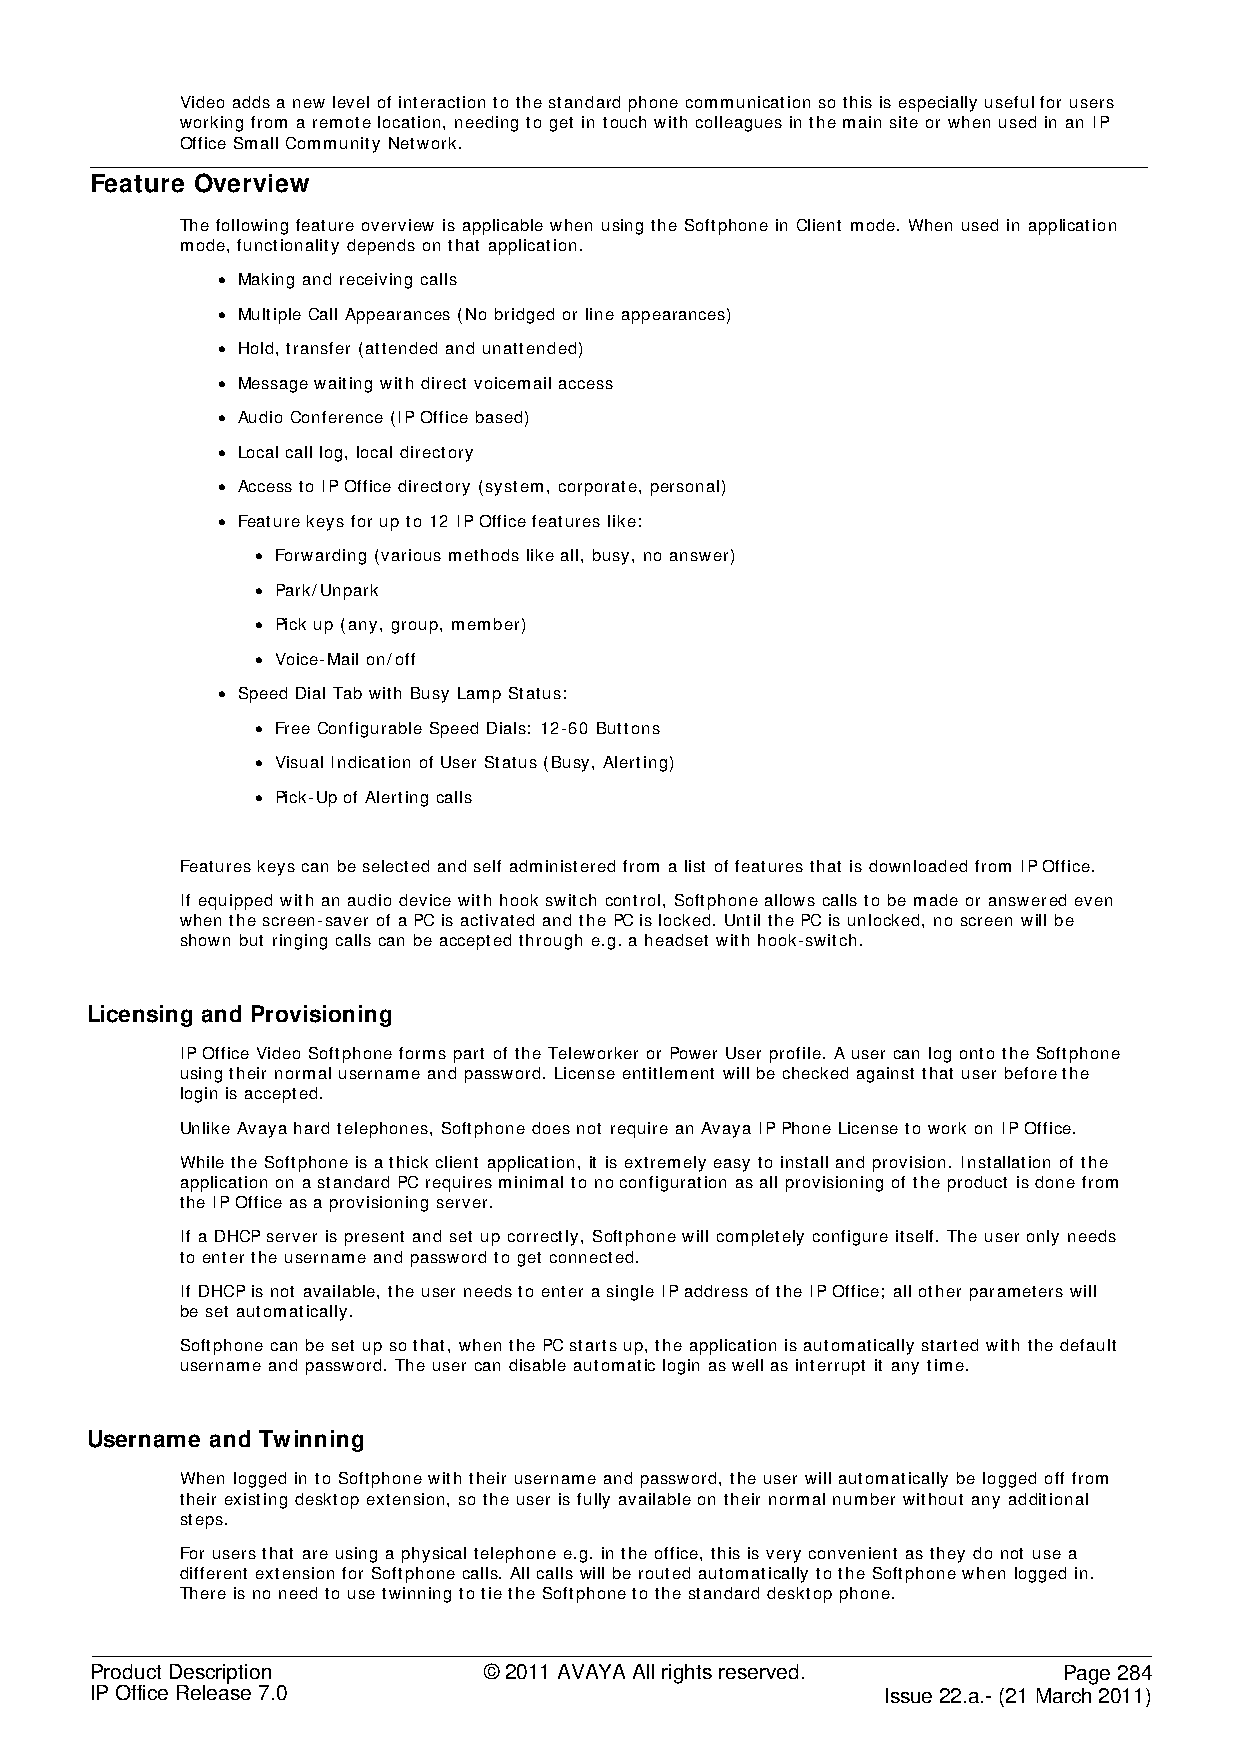
Video adds a new level of interaction to the standard phone communication so this is especially useful for users
 working from a remote location, needing to get in touch with colleagues in the main site or when used in an IP
 Office Small Community Network.
 Feature Overview
 The following feature overview is applicable when using the Softphone in Client mode. When used in application
 mode, functionality depends on that application.
 • Making and receiving calls
 • Multiple Call Appearances (No bridged or line appearances)
 • Hold, transfer (attended and unattended)
 • Message waiting with direct voicemail access
 • Audio Conference (IP Office based)
 • Local call log, local directory
 • Access to IP Office directory (system, corporate, personal)
 • Feature keys for up to 12 IP Office features like:
 • Forwarding (various methods like all, busy, no answer)
 • Park/Unpark
 • Pick up (any, group, member)
 • Voice-Mail on/off
 • Speed Dial Tab with Busy Lamp Status:
 • Free Configurable Speed Dials: 12-60 Buttons
 • Visual Indication of User Status (Busy, Alerting)
 • Pick-Up of Alerting calls
 Features keys can be selected and self administered from a list of features that is downloaded from IP Office.
 If equipped with an audio device with hook switch control, Softphone allows calls to be made or answered even
 when the screen-saver of a PC is activated and the PC is locked. Until the PC is unlocked, no screen will be
 shown but ringing calls can be accepted through e.g. a headset with hook-switch.
 Licensing and Provisioning
 IP Office Video Softphone forms part of the Teleworker or Power User profile. A user can log onto the Softphone
 using their normal username and password. License entitlement will be checked against that user before the
 login is accepted.
 Unlike Avaya hard telephones, Softphone does not require an Avaya IP Phone License to work on IP Office.
 While the Softphone is a thick client application, it is extremely easy to install and provision. Installation of the
 application on a standard PC requires minimal to no configuration as all provisioning of the product is done from
 the IP Office as a provisioning server.
 If a DHCP server is present and set up correctly, Softphone will completely configure itself. The user only needs
 to enter the username and password to get connected.
 If DHCP is not available, the user needs to enter a single IP address of the IP Office; all other parameters will
 be set automatically.
 Softphone can be set up so that, when the PC starts up, the application is automatically started with the default
 username and password. The user can disable automatic login as well as interrupt it any time.
 Username and Twinning
 When logged in to Softphone with their username and password, the user will automatically be logged off from
 their existing desktop extension, so the user is fully available on their normal number without any additional
 steps.
 For users that are using a physical telephone e.g. in the office, this is very convenient as they do not use a
 different extension for Softphone calls. All calls will be routed automatically to the Softphone when logged in.
 There is no need to use twinning to tie the Softphone to the standard desktop phone.
 Product Description       © 2011 AVAYA All rights reserved.     Page 284
 IP Office Release 7.0                                Issue 22.a.- (21 March 2011)